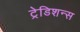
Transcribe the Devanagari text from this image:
ट्रेडिशन्स